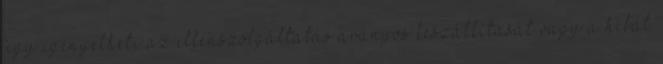
úgy igényelheti az ellenszolgáltatás arányos leszállítását vagy a hibát